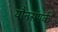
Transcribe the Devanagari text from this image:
यौनसंपर्क